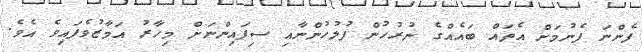
ފެންނަ ފެނުމަށް އެތައް ބައެއްގެ ނުރުހުން ފުލުހުންނާއި ސިފައިންނަށް މިހާރު އަމާޒުވެފައިވެ އެވެ.